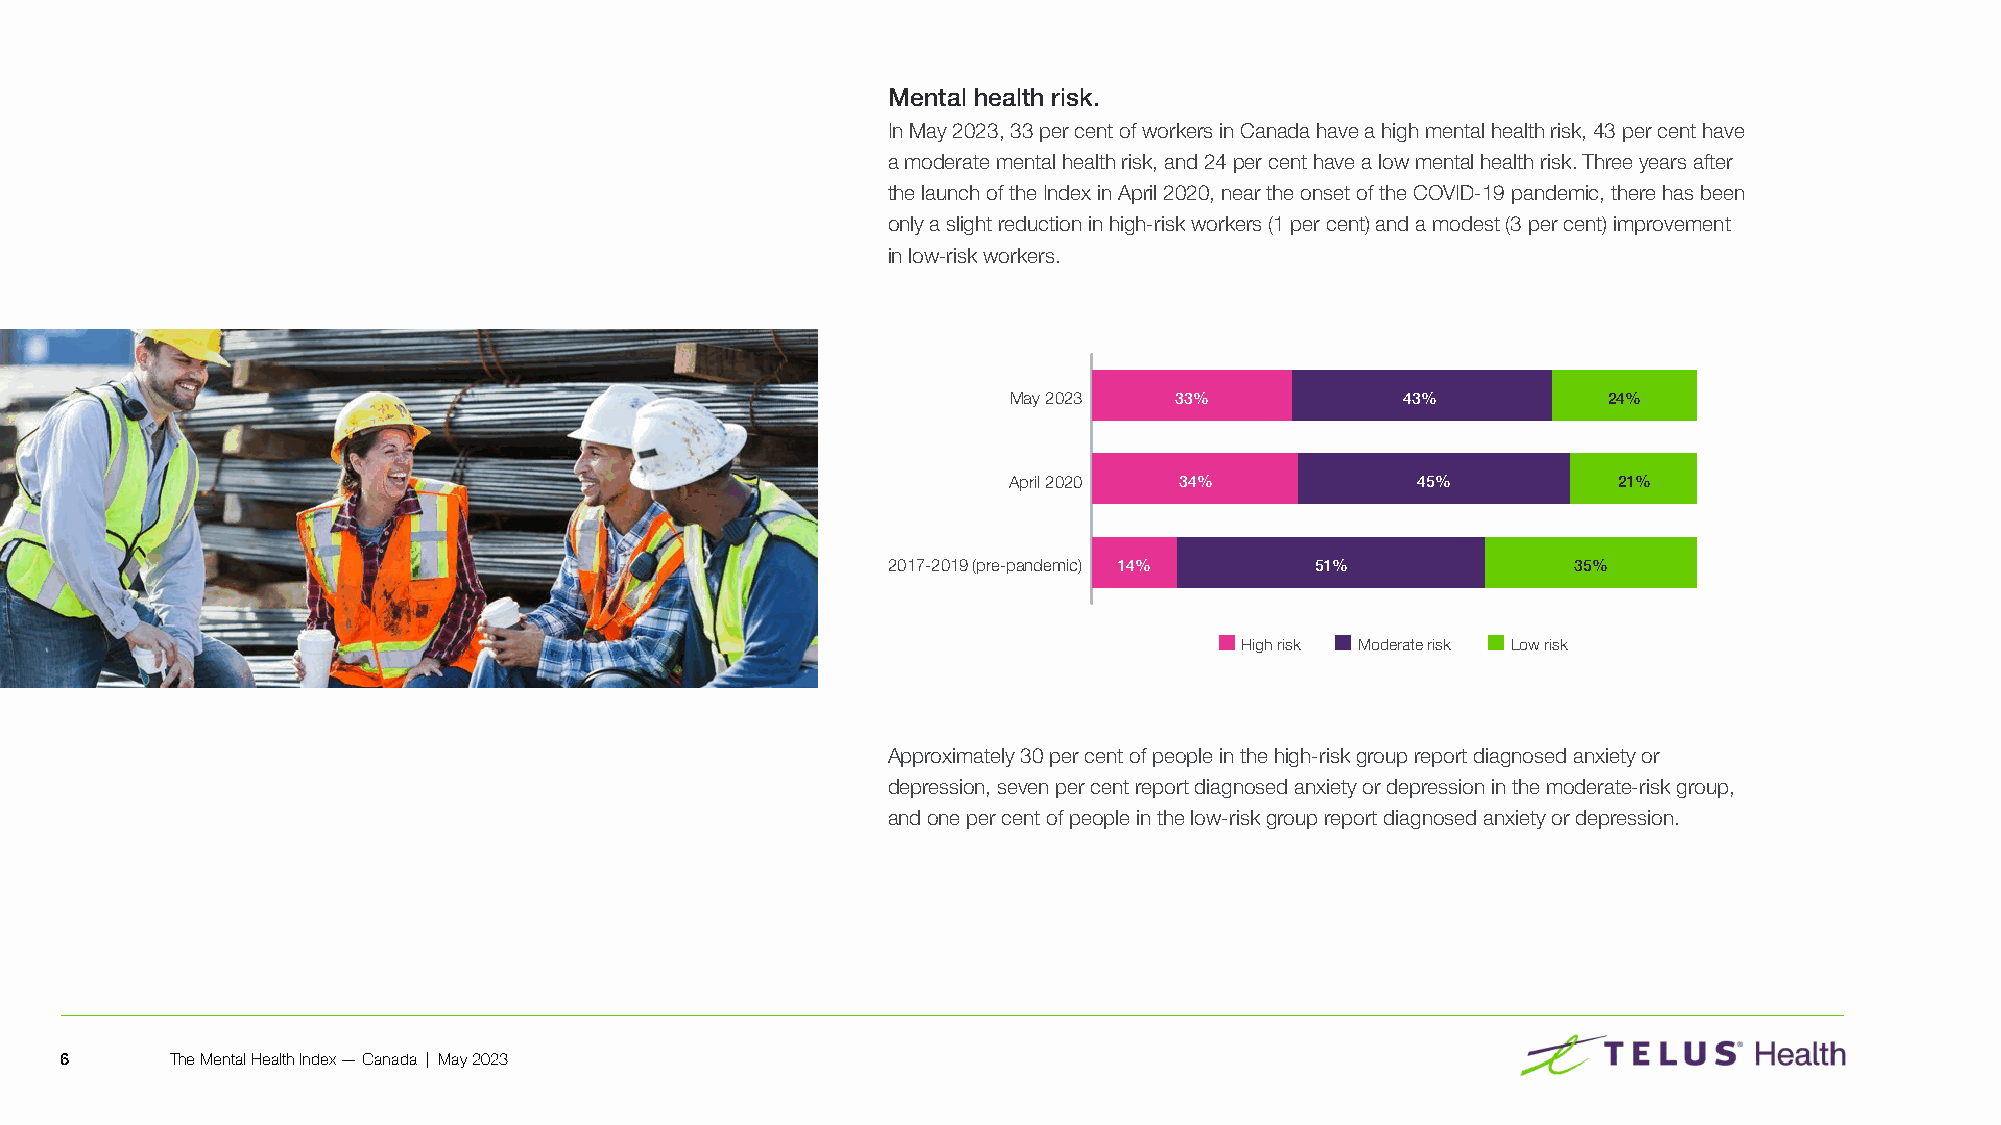
Mental health risk.
 In May 2023, 33 per cent of workers in Canada have a high mental health risk, 43 per cent have
 a moderate mental health risk, and 24 per cent have a low mental health risk� Three years after
 the launch of the Index in April 2020, near the onset of the COVID-19 pandemic, there has been
 only a slight reduction in high-risk workers (1 per cent) and a modest (3 per cent) improvement
 in low-risk workers�
 Mental health risk profiles
 May 2023   33%            43%          24%
 April 2020 34%             45%          21%
 2017-2019 (pre-pandemic) 14% 51%             35%
 High risk Moderate risk Low risk
 Approximately 30 per 3c2e%nt of people in the high-risk group report diagnosed anxiety or
 depression, seven per cent report diagnosed anxiety or depression in the moderate-risk group,
 and one per cent of people in the low-risk group report diagnosed anxiety or depression�
 34%
 6      The Mental Health Index — Canada | May 2023